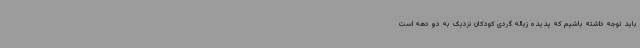
باید توجه داشته باشیم که پدیده زباله گردی کودکان نزدیک به دو دهه است